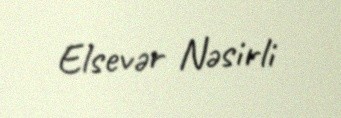
Elsevər Nəsirli